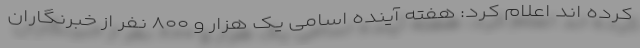
کرده اند اعلام کرد: هفته آینده اسامی یک هزار و ۸۰۰ نفر از خبرنگاران